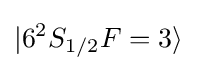
|6^{2}S_{1/2}F=3\rangle